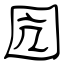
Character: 囥